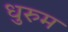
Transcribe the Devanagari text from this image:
धुरुम